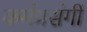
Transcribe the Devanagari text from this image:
कर्मप्रसंगीं